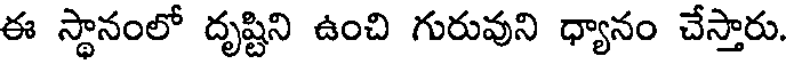
ఈ స్థానంలో దృష్టిని ఉంచి గురువుని ధ్యానం చేస్తారు.